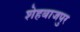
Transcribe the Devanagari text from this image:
शेहबाजपुर